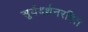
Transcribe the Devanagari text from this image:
सूर्यदर्शनरहित